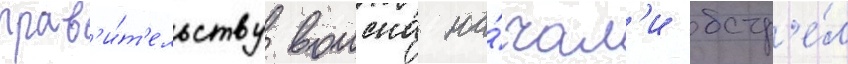
прав'и́т'ельству воиска на́чал'и обстр'е́л